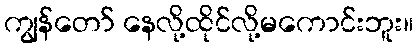
ကျွန်တော် နေလို့ထိုင်လို့မကောင်းဘူး။